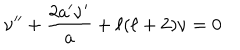
\nu ^ { \prime \prime } + \frac { 2 a ^ { \prime } \nu ^ { \prime } } { a } + \ell ( \ell + 2 ) \nu = 0